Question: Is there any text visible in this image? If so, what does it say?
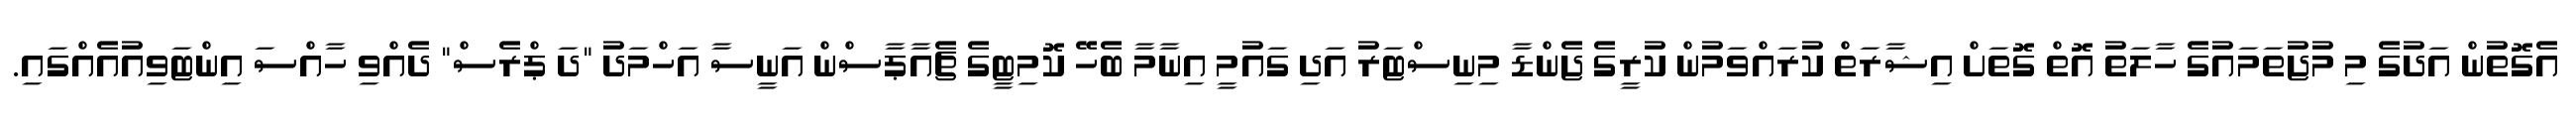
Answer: އެގޮތުން އަދުގެ މި މުޖުތަމައުގެ ހާލަތު އޮތް ގޮތަށް އިޝާރަތް ކުރައްވަމުން ކުރީގެ ޖެންޑާ މިނިސްޓަރު އަދި ގައުމީ އިނާމާ ބެހޭ ކޮމިޓީގެ ޗެއާޕާސްން އަނީސާ އަހްމަދު "ދަ ޕްރެސް" ދެއްވި ހާއްސަ އިންޓަވިއުއެއްގައި.